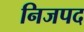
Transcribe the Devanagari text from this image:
निजपद